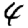
Digit: 4